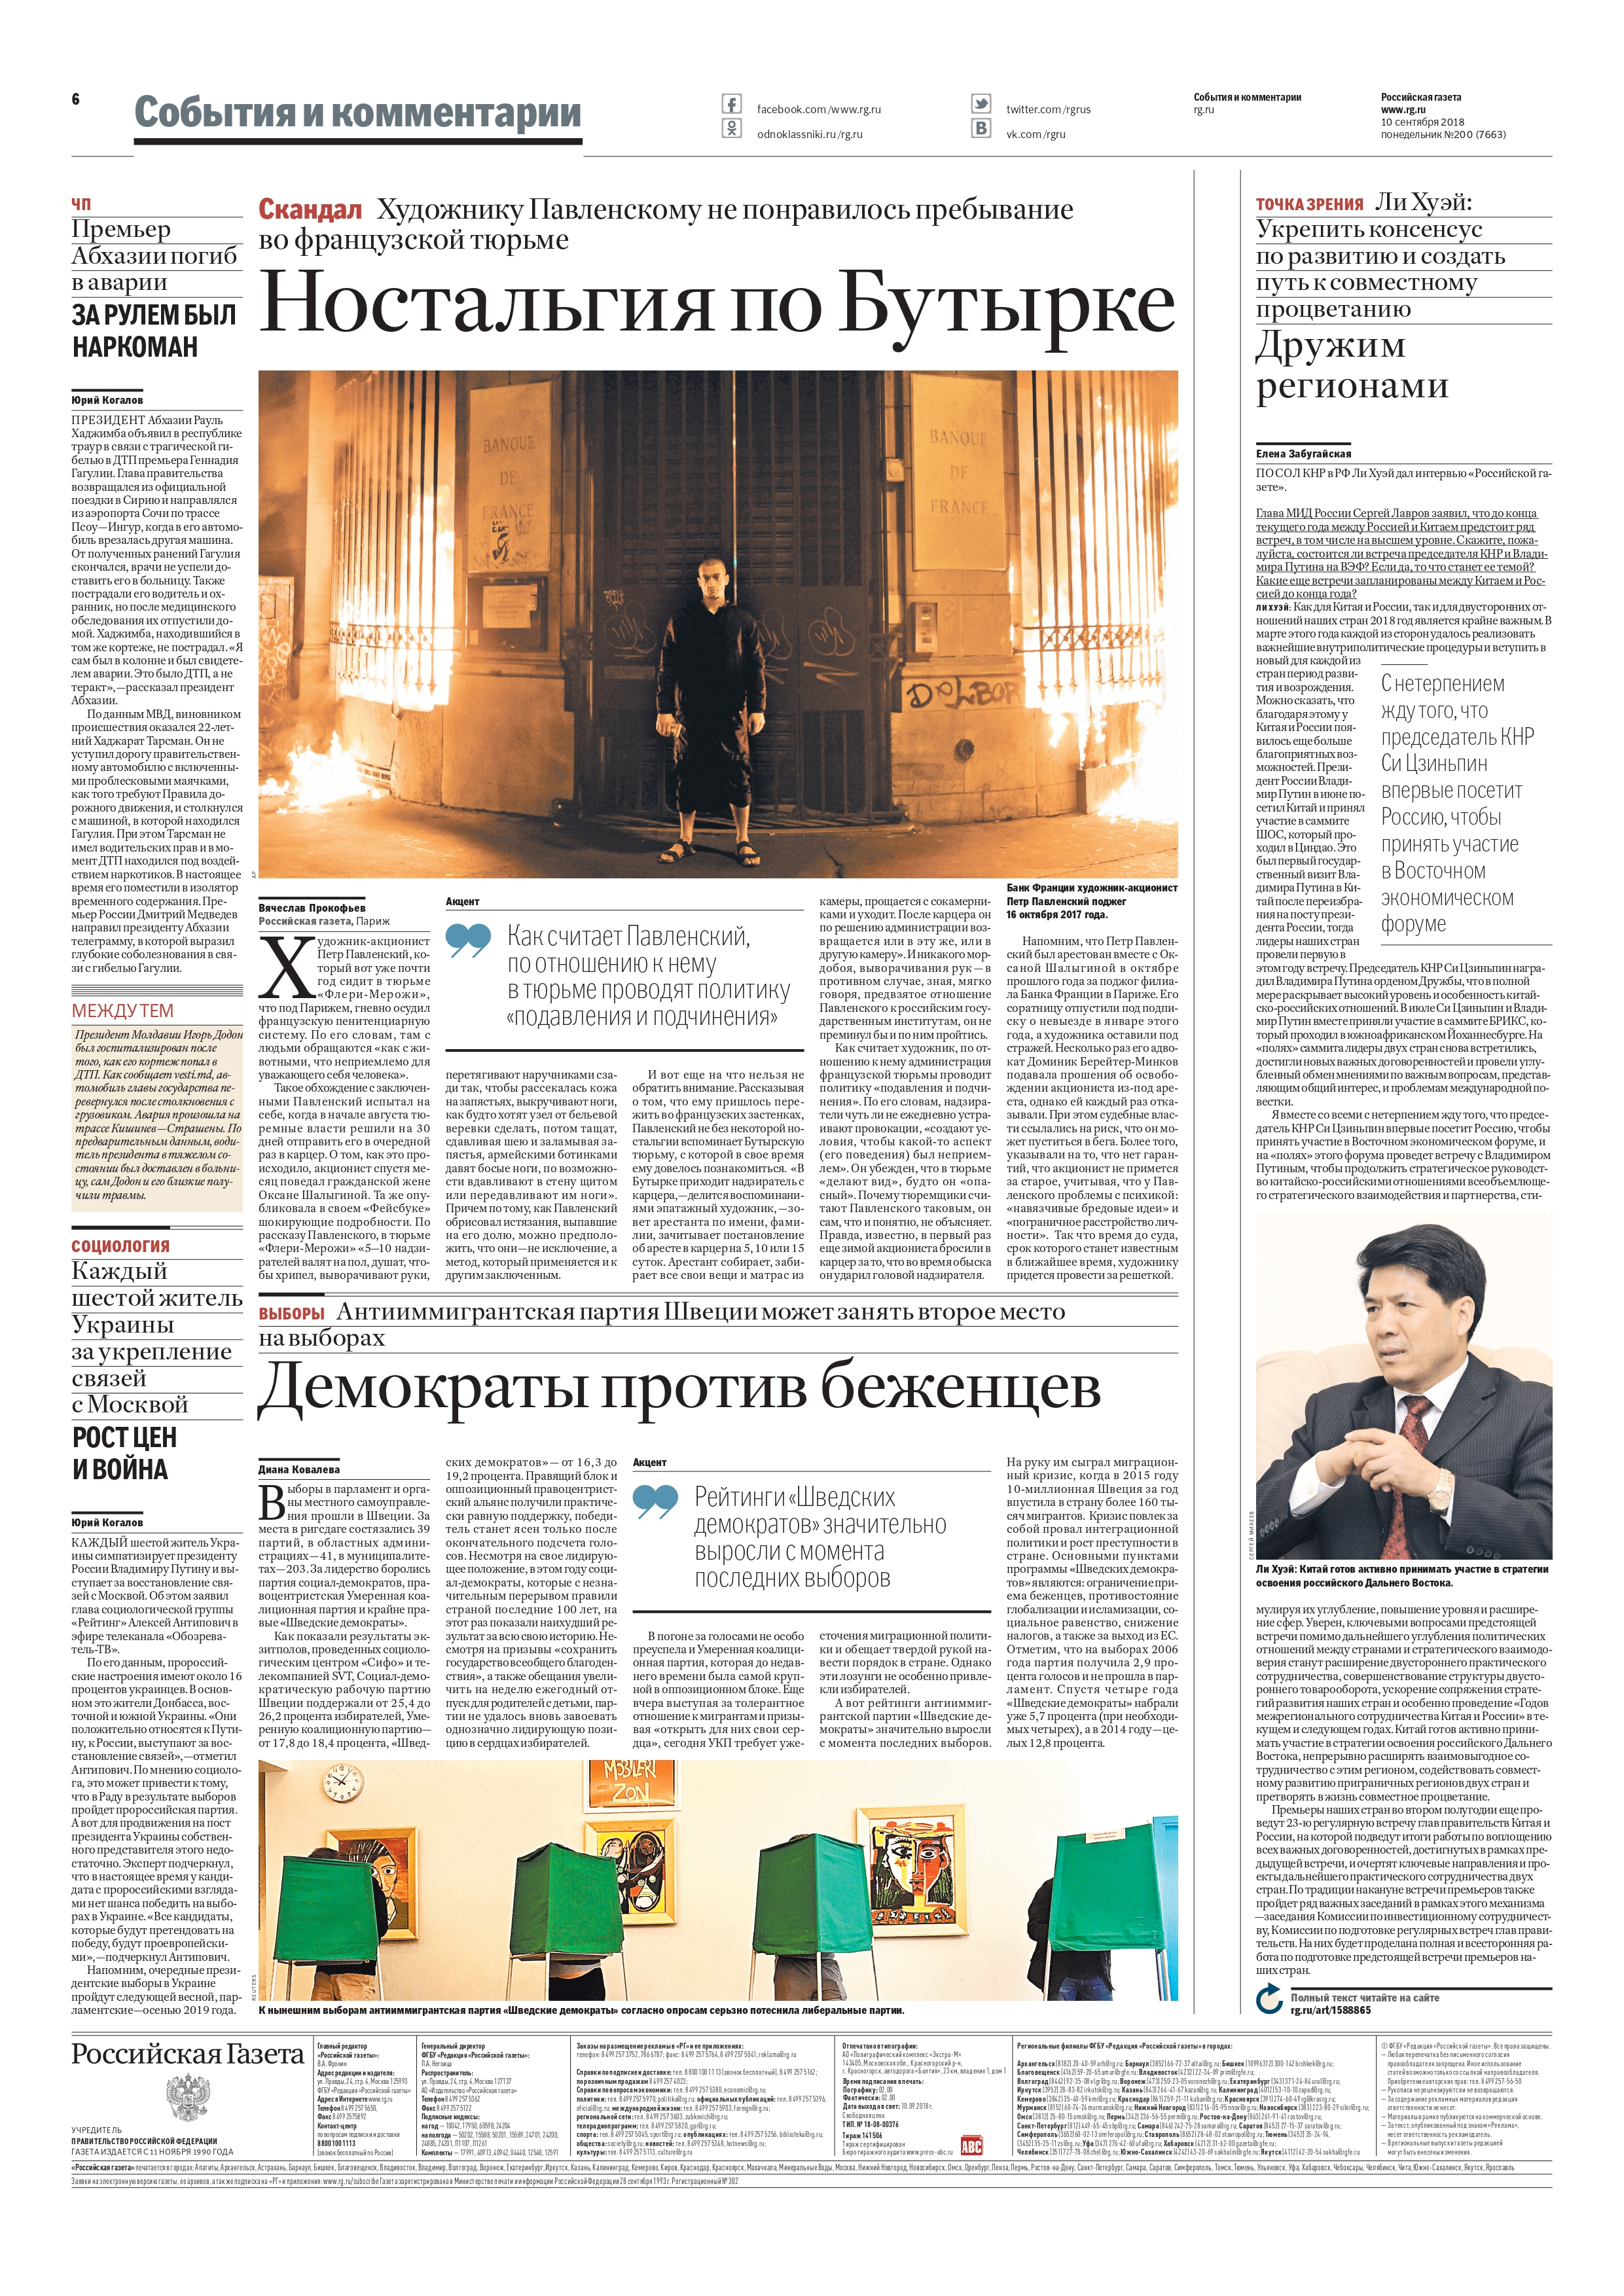
Language: ru